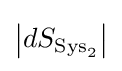
\left|dS_{{\text{Sys}}_{2}}\right|